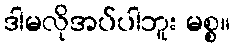
ဒါမလိုအပ်ပါဘူး မစ္စ။